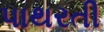
પાથરતી